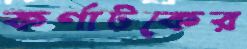
কর্ণাটকের